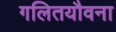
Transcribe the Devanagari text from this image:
गलितयौवना